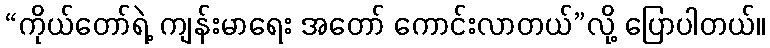
“ကိုယ်တော်ရဲ့ ကျန်းမာရေး အတော် ကောင်းလာတယ်”လို့ ပြောပါတယ်။